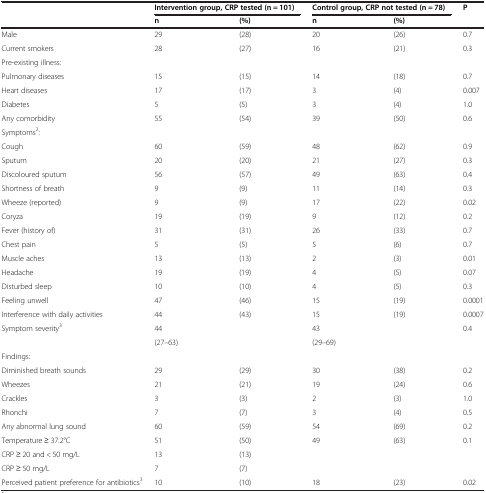
<table><thead><tr><td><b> </b></td><td colspan="2"><b>Intervention group, CRP tested (n = 101)</b></td><td colspan="2"><b>Control group, CRP not tested (n = 78)</b></td><td><b>P</b></td></tr><tr><td><b> </b></td><td><b>n</b></td><td><b>(%)</b></td><td><b>n</b></td><td><b>(%)</b></td><td><b> </b></td></tr></thead><tbody><tr><td>Male</td><td>29</td><td>(28)</td><td>20</td><td>(26)</td><td>0.7</td></tr><tr><td>Current smokers</td><td>28</td><td>(27)</td><td>16</td><td>(21)</td><td>0.3</td></tr><tr><td>Pre-existing illness:</td><td> </td><td> </td><td> </td><td> </td><td> </td></tr><tr><td>Pulmonary diseases</td><td>15</td><td>(15)</td><td>14</td><td>(18)</td><td>0.7</td></tr><tr><td>Heart diseases</td><td>17</td><td>(17)</td><td>3</td><td>(4)</td><td>0.007</td></tr><tr><td>Diabetes</td><td>5</td><td>(5)</td><td>3</td><td>(4)</td><td>1.0</td></tr><tr><td>Any comorbidity</td><td>55</td><td>(54)</td><td>39</td><td>(50)</td><td>0.6</td></tr><tr><td>Symptoms<sup>2</sup>:</td><td> </td><td> </td><td> </td><td> </td><td> </td></tr><tr><td>Cough</td><td>60</td><td>(59)</td><td>48</td><td>(62)</td><td>0.9</td></tr><tr><td>Sputum</td><td>20</td><td>(20)</td><td>21</td><td>(27)</td><td>0.3</td></tr><tr><td>Discoloured sputum</td><td>56</td><td>(57)</td><td>49</td><td>(63)</td><td>0.4</td></tr><tr><td>Shortness of breath</td><td>9</td><td>(9)</td><td>11</td><td>(14)</td><td>0.3</td></tr><tr><td>Wheeze (reported)</td><td>9</td><td>(9)</td><td>17</td><td>(22)</td><td>0.02</td></tr><tr><td>Coryza</td><td>19</td><td>(19)</td><td>9</td><td>(12)</td><td>0.2</td></tr><tr><td>Fever (history of)</td><td>31</td><td>(31)</td><td>26</td><td>(33)</td><td>0.7</td></tr><tr><td>Chest pain</td><td>5</td><td>(5)</td><td>5</td><td>(6)</td><td>0.7</td></tr><tr><td>Muscle aches</td><td>13</td><td>(13)</td><td>2</td><td>(3)</td><td>0.01</td></tr><tr><td>Headache</td><td>19</td><td>(19)</td><td>4</td><td>(5)</td><td>0.07</td></tr><tr><td>Disturbed sleep</td><td>10</td><td>(10)</td><td>4</td><td>(5)</td><td>0.3</td></tr><tr><td>Feeling unwell</td><td>47</td><td>(46)</td><td>15</td><td>(19)</td><td>0.0001</td></tr><tr><td>Interference with daily activities</td><td>44</td><td>(43)</td><td>15</td><td>(19)</td><td>0.0007</td></tr><tr><td>Symptom severity<sup>3</sup></td><td>44</td><td> </td><td>43</td><td> </td><td>0.4</td></tr><tr><td> </td><td>(27–63)</td><td> </td><td>(29–69)</td><td> </td><td> </td></tr><tr><td>Findings:</td><td> </td><td> </td><td> </td><td> </td><td> </td></tr><tr><td>Diminished breath sounds</td><td>29</td><td>(29)</td><td>30</td><td>(38)</td><td>0.2</td></tr><tr><td>Wheezes</td><td>21</td><td>(21)</td><td>19</td><td>(24)</td><td>0.6</td></tr><tr><td>Crackles</td><td>3</td><td>(3)</td><td>2</td><td>(3)</td><td>1.0</td></tr><tr><td>Rhonchi</td><td>7</td><td>(7)</td><td>3</td><td>(4)</td><td>0.5</td></tr><tr><td>Any abnormal lung sound</td><td>60</td><td>(59)</td><td>54</td><td>(69)</td><td>0.2</td></tr><tr><td>Temperature ≥ 37.2°C</td><td>51</td><td>(50)</td><td>49</td><td>(63)</td><td>0.1</td></tr><tr><td>CRP ≥ 20 and &lt; 50 mg/L</td><td>13</td><td>(13)</td><td> </td><td> </td><td> </td></tr><tr><td>CRP ≥ 50 mg/L</td><td>7</td><td>(7)</td><td> </td><td> </td><td> </td></tr><tr><td>Perceived patient preference for antibiotics<sup>3</sup></td><td>10</td><td>(10)</td><td>18</td><td>(23)</td><td>0.02</td></tr></tbody></table>